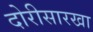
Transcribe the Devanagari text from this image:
दोरीसारखा